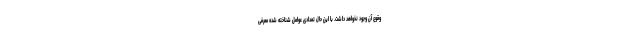
وقوع آن وجود نخواهد داشت. با این حال تعدادی عوامل شناخته شده معرفی